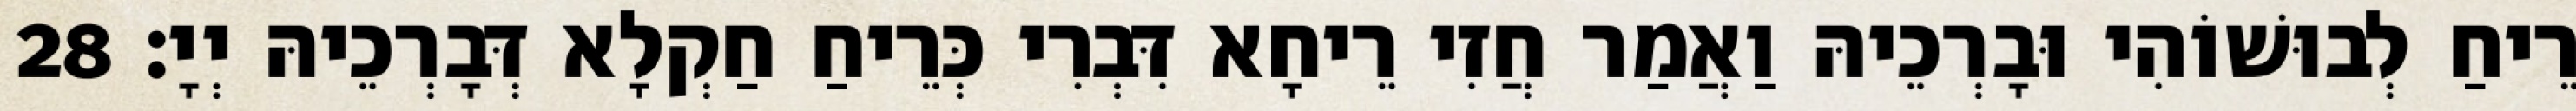
רֵיחַ לְבוּשׁוֹהִי וּבָרְכֵיהּ וַאֲמַר חֲזִי רֵיחָא דִּבְרִי כְּרֵיחַ חַקְלָא דְּבָרְכֵיהּ יְיָ׃ 28